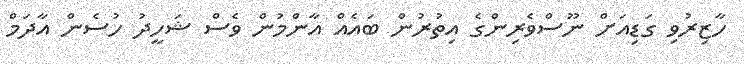
ހާޒިރުވި ގަޑިއަށް ނޫސްވެރިންގެ އިތުރުން ބައެއް އާންމުން ވެސް ޝަހީދު ހުސެން އާދަމް